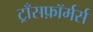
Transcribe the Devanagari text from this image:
ट्राँसफ़ॉर्मर्स